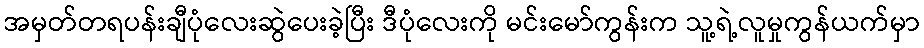
အမှတ်တရပန်းချီပုံလေးဆွဲပေးခဲ့ပြီး ဒီပုံလေးကို မင်းမော်ကွန်းက သူ့ရဲ့လူမှုကွန်ယက်မှာ